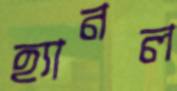
হ্যানল